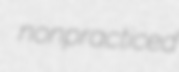
nonpracticed